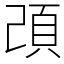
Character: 䪱